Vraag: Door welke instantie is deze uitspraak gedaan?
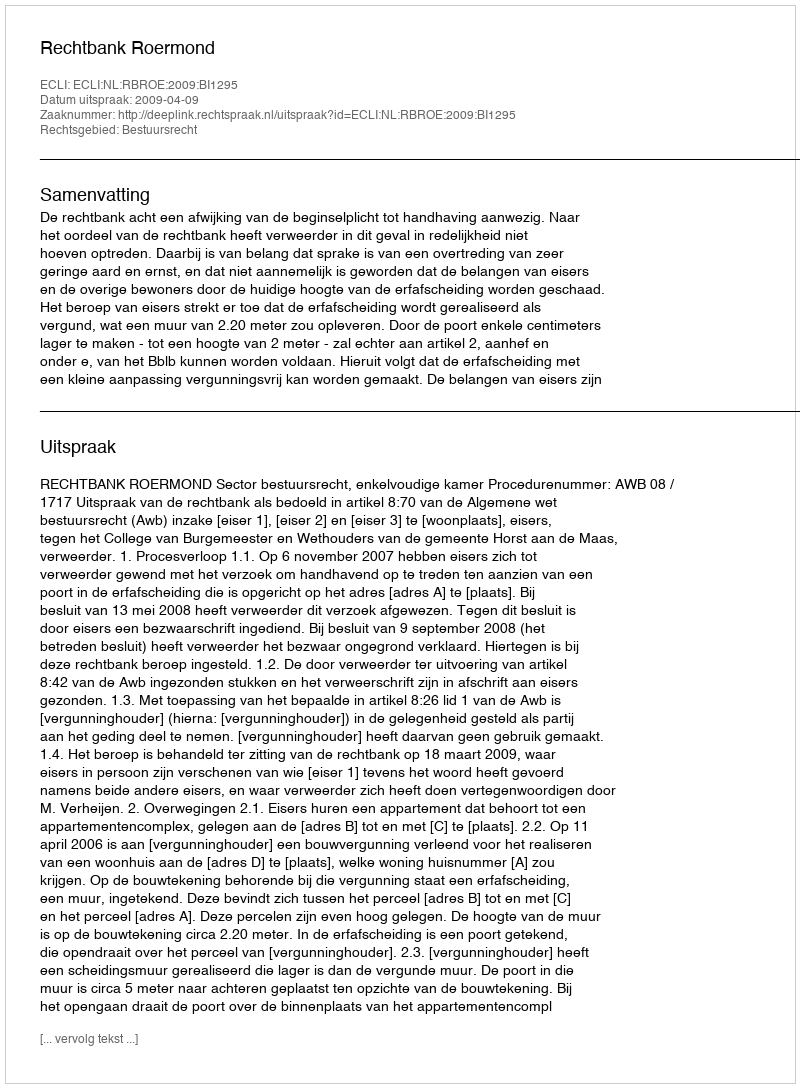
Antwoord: Rechtbank Roermond